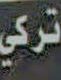
تركي